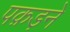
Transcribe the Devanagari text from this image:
पक़ड़ने